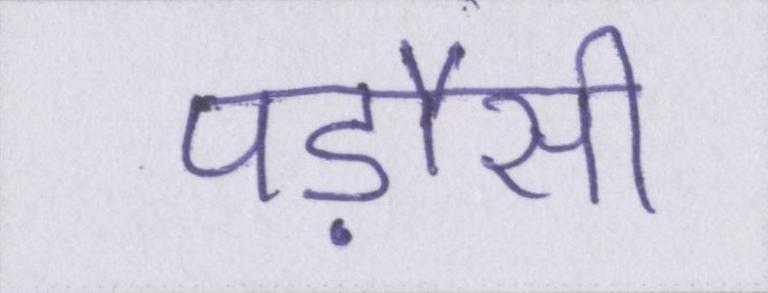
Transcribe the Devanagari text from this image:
पड़ौसी